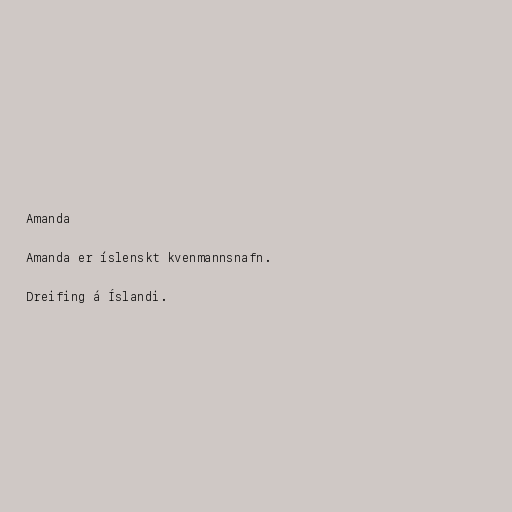
Amanda

Amanda er íslenskt kvenmannsnafn.

Dreifing á Íslandi.